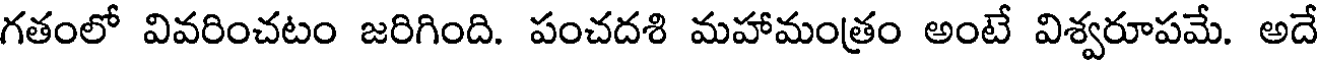
గతంలో వివరించటం జరిగింది. పంచదశి మహామంత్రం అంటే విశ్వరూపమే. అదే